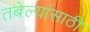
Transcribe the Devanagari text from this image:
तबेल्यांसाठी